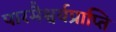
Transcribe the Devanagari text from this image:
पारमैश्वर्यप्राप्ति